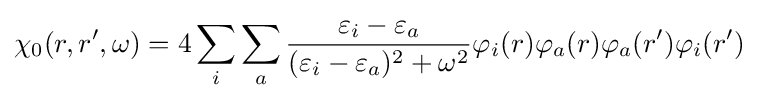
\chi _{0}(r,r',\omega )=4\sum _{i}\sum _{a}{\frac {\varepsilon _{i}-\varepsilon _{a}}{(\varepsilon _{i}-\varepsilon _{a})^{2}+\omega ^{2}}}\varphi _{i}(r)\varphi _{a}(r)\varphi _{a}(r')\varphi _{i}(r')